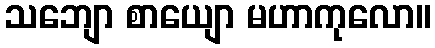
သဘျော စာယျော မဟာကုလော။